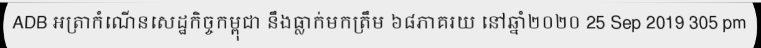
ADB អត្រាកំណើនសេដ្ឋកិច្ចកម្ពុជា នឹងធ្លាក់មកត្រឹម ៦៨ភាគរយ នៅឆ្នាំ២០២០ 25 Sep 2019 305 pm